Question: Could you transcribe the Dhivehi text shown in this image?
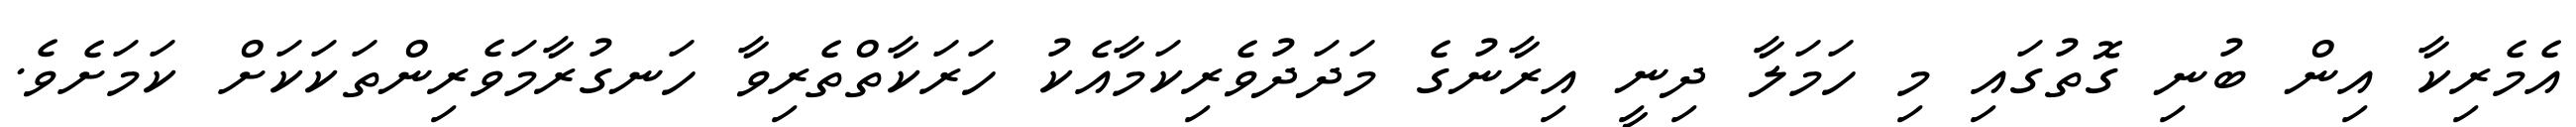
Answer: އެމެރިކާ އިން ބުނި ގޮތުގައި މި ހަމަލާ ދިނީ އިރާނުގެ މަދަދުވެރިކަމާއެކު ހަރަކާތްތެރިވާ ހަނގުރާމަވެރިންތަކަކަށް ކަމަށެވެ.